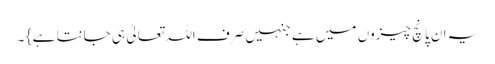
یہ ان پانچ چیزوں میں ہے جنہیں صرف اللہ تعالیٰ ہی جانتا ہے } ۔